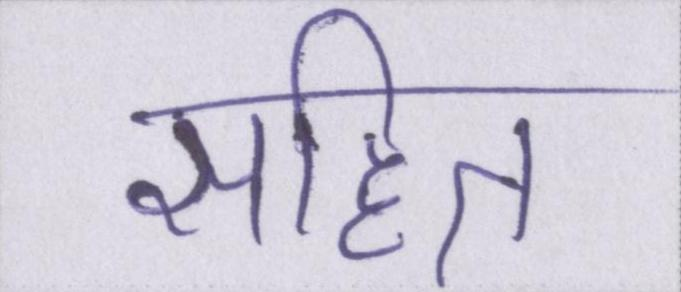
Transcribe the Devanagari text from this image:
सहित